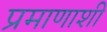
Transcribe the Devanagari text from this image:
प्रमाणाशी